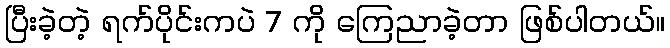
ပြီးခဲ့တဲ့ ရက်ပိုင်းကပဲ 7 ကို ကြေညာခဲ့တာ ဖြစ်ပါတယ်။